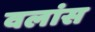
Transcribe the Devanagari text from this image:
वलांस